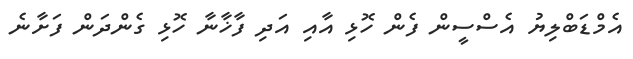
އެމްޑަބްލިޔު އެސްސީން ފެން ހޮޅި އާއި އަދި ފާޚާނާ ހޮޅި ގެންދަން ފަށާނެ